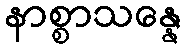
နာစ္စာသန္နေ